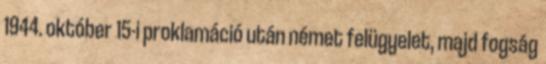
1944. október 15-i proklamáció után német felügyelet, majd fogság